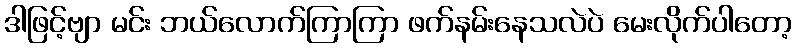
ဒါဖြင့်ဗျာ မင်း ဘယ်လောက်ကြာကြာ ဖက်နမ်းနေသလဲပဲ မေးလိုက်ပါတော့